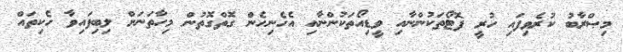
މިޞްރާބު ކުރެވިފައި ހުރީ ފޮޓޯތަކުންނާއި ވީޑިއޯތަކުންނާއި އެހެނިހެން ގޮތްގޮތުން މިހާތަނަށް ލިބިފައިވާ ހެކިތައް